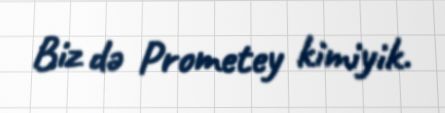
Biz də Prometey kimiyik.